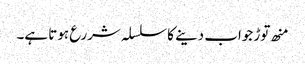
منھ توڑ جواب دینے کا سلسلہ شررع ہوتا ہے۔